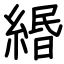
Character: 緡